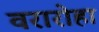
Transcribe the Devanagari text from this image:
वरारोहा